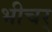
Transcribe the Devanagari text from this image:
भीचर्